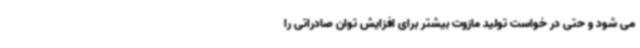
می شود و حتی در خواست تولید مازوت بیشتر برای افزایش توان صادراتی را